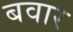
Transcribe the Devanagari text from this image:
बवार